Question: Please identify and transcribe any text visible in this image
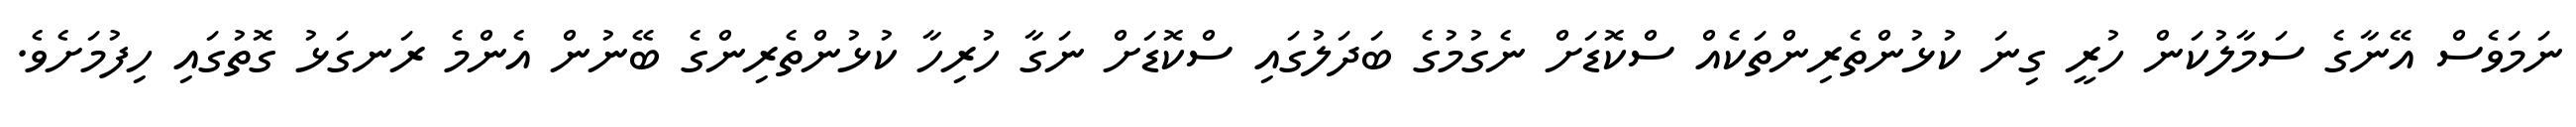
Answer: ނަމަވެސް އޭނާގެ ސަމާލުކަން ހުރީ ގިނަ ކުޅުންތެރިންތަކެއް ސްކޮޑަށް ނެގުމުގެ ބަދަލުގައި ސްކޮޑަށް ނަގާ ހުރިހާ ކުޅުންތެރިންގެ ބޭނުން އެންމެ ރަނގަޅު ގޮތުގައި ހިފުމަށެވެ.